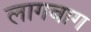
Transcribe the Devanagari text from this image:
लागबाग